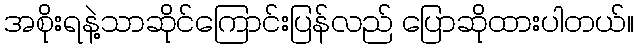
အစိုးရနဲ့သာဆိုင်ကြောင်းပြန်လည် ပြောဆိုထားပါတယ်။